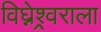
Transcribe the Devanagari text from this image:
विघ्नेश्र्वराला